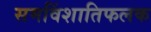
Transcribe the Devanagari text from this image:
समविंशातिफलक